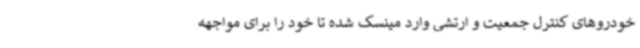
خودروهای کنترل جمعیت و ارتشی وارد مینسک شده تا خود را برای مواجهه